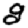
Digit: 8